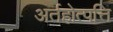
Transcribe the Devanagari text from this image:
अर्तहोत्पत्ति